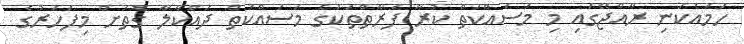
ހަމައެކަނި ރާއްޖޭގައި މި މަސައްކަތް ކުރާ ފަރާތްތަކުގެ މަސައްކަތް ދައްކާލާ ގޮތަށް މިފަހަރުގެ